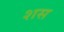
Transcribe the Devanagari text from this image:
शस